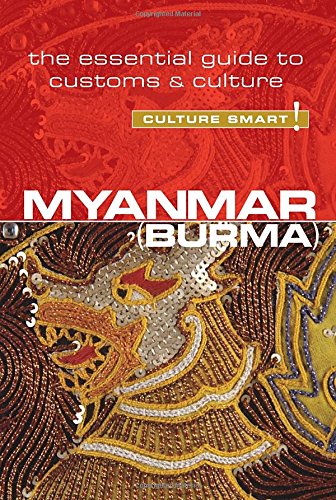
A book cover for Myanmar - Culture Smart!: The Essential Guide to Customs & Culture; Kyi Kyi May; Travel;